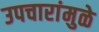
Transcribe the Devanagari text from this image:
उपचारांमुळे